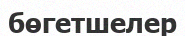
бөгетшелер